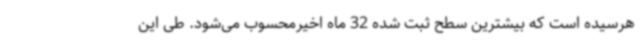
هرسیده است که بیشترین سطح ثبت شده 32 ماه اخیرمحسوب می‌شود. طی این